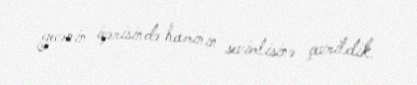
gecənin içərisində hamının sevimlisinə çevrildik.